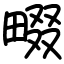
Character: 畷